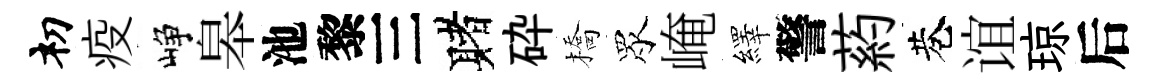
𥘉疫峥皋池黎三赌砕橋眾崦繹警葯巷谊琼后